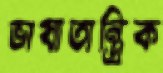
ভাষাতান্ত্রিক